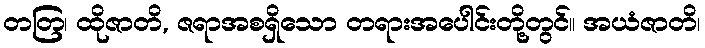
တတြ၊ ထိုဇာတိ, ဇရာအစရှိသော တရားအပေါင်းတို့တွင်။ အယံဇာတိ၊